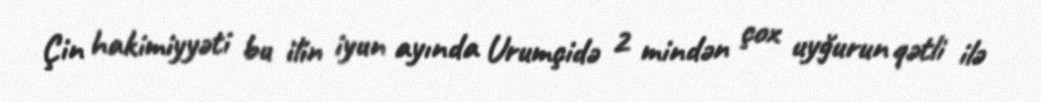
Çin hakimiyyəti bu ilin iyun ayında Urumçidə 2 mindən çox uyğurun qətli ilə